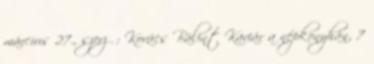
március 27., szerző: Kovács Bálint Kaviár a népkonyhán, 7